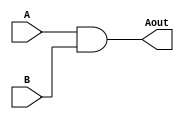
module and_gate
(
    input  A, B,
    output Aout
);

    assign Aout = A & B;
    
endmodule

module gLogic
(
    input A, B, C,
    output Gout
);

    assign Gout = A | (B & C);
endmodule

module PnG_Genrtn
#(
    parameter d_width = 40
)
(
    input  [d_width-1:0]   A, B,
    output [d_width-1:0]   P1, G1,
    output [d_width/2-1:0] P2, G2,
    output [d_width/4-1:0] P3, G3,
    output [d_width/8-1:0] P4, G4,
    output [1:0]           P5, G5,
	 output                 P6, G6 
);

    genvar i;
    generate
        for (i = 0; i < d_width; i = i + 1) begin :LOOP_P1G1
            xor_gate XOR1(.A(A[i]), .B(B[i]), .Xout(P1[i]));
            and_gate AND1(.A(A[i]), .B(B[i]), .Aout(G1[i]));
        end
    endgenerate
            
    generate
        for (i = 0; i < d_width/2; i = i + 1) begin :LOOP_P2G2
            and_gate AND2(.A(P1[2*i]),   .B(P1[2*i+1]), .Aout(P2[i]));
            gLogic   GLC1(.A(G1[2*i+1]), .B(P1[2*i+1]), .C(G1[2*i]), .Gout(G2[i]));
        end
    endgenerate

    generate
        for (i = 0; i < d_width/4; i = i + 1) begin :LOOP_P3G3
            and_gate AND3(.A(P2[2*i]),   .B(P2[2*i+1]), .Aout(P3[i]));
            gLogic   GLC2(.A(G2[2*i+1]), .B(P2[2*i+1]), .C(G2[2*i]), .Gout(G3[i]));
        end
    endgenerate

    generate
        for (i = 0; i < d_width/8; i = i + 1) begin :LOOP_P4G4
            and_gate AND4(.A(P3[2*i]),   .B(P3[2*i+1]), .Aout(P4[i]));
            gLogic   GLC3(.A(G3[2*i+1]), .B(P3[2*i+1]), .C(G3[2*i]), .Gout(G4[i]));
        end
    endgenerate
	 
	 generate
        for (i = 0; i < 2; i = i + 1) begin :LOOP_P5G5
            and_gate AND5(.A(P4[2*i]),   .B(P4[2*i+1]), .Aout(P5[i]));
            gLogic   GLC4(.A(G4[2*i+1]), .B(P4[2*i+1]), .C(G4[2*i]), .Gout(G5[i]));
        end
    endgenerate

    and_gate AND6(.A(P5[0]), .B(P5[1]), .Aout(P6));
    gLogic   GLC5(.A(G5[1]), .B(P5[1]), .C(G5[0]), .Gout(G6));
endmodule

module xor_gate 
(
	input A, B,
	output Xout
);
	
	assign Xout = A ^ B;
	
endmodule


module adder_40_bit
#(
    parameter d_width = 40
)
(
    input  [d_width-1:0] A, B,
    input                Cin,
    output [d_width-1:0] Sout,
    output               Cout
);

    wire [d_width:1]     Co;
    wire [d_width-1:0]   P1, G1;
    wire [d_width/2-1:0] P2, G2;
    wire [d_width/4-1:0] P3, G3;
    wire [d_width/8-1:0] P4, G4;
    wire  [1:0]          P5, G5;
	 wire                 P6, G6;
	 
    genvar i;

    PnG_Genrtn #(d_width) PnG1 (.A(A),   .B(B),   .P1(P1), .G1(G1), .P2(P2), .G2(G2), .P3(P3), .G3(G3),
                                .P4(P4), .G4(G4), .P5(P5), .G5(G5), .P6(P6), .G6(G6) );

    gLogic GLC0 (.A(G1[0]), .B(P1[0]), .C(Cin), .Gout(Co[1]));
    gLogic GLC1 (.A(G2[0]), .B(P2[0]), .C(Cin), .Gout(Co[2]));
    gLogic GLC2 (.A(G3[0]), .B(P3[0]), .C(Cin), .Gout(Co[4]));
    gLogic GLC3 (.A(G4[0]), .B(P4[0]), .C(Cin), .Gout(Co[8]));
    gLogic GLC4 (.A(G5[0]), .B(P5[0]), .C(Cin), .Gout(Co[16]));
	 gLogic GLC5 (.A(G6),    .B(P6),    .C(Cin), .Gout(Co[32]));
	 
	 generate
        for (i = 1; i < 3; i = i + 1) begin :LOOP1
           gLogic GLC5 (.A(G4[2*i]), .B(P4[2*i]), .C(Co[16*i]), .Gout(Co[16*i+8]));  
        end
    endgenerate

    generate
        for (i = 1; i < 5; i = i + 1) begin :LOOP2
           gLogic GLC6 (.A(G3[2*i]), .B(P3[2*i]), .C(Co[8*i]), .Gout(Co[8*i+4]));  
        end
    endgenerate

    generate
        for (i = 1; i < 10; i = i + 1) begin :LOOP3
           gLogic GLC7 (.A(G2[2*i]), .B(P2[2*i]), .C(Co[4*i]), .Gout(Co[4*i+2])); // 6, 10, 14, 18
        end                                                                       //22, 26, 30, 34
    endgenerate

    generate
        for (i = 1; i < 20; i = i + 1) begin :LOOP4
           gLogic GLC8 (.A(G1[2*i]), .B(P1[2*i]), .C(Co[2*i]), .Gout(Co[2*i+1])); // 3, 5, 7, 9, 11, 13 15, 17, 19
        end                                                                       //21,23,25,27,29,31,33,35,37,39
    endgenerate

    xor_gate XOR1(.A(P1[0]), .B(Cin), .Xout(Sout[0]));
    
	 generate
        for (i = 1; i < d_width; i = i + 1) begin :LOOP_P4G4
            xor_gate XOR2(.A(P1[i]), .B(Co[i]), .Xout(Sout[i]));
        end
    endgenerate

    assign Cout = Co[40];
endmodule